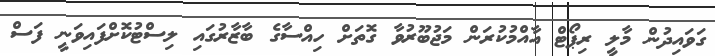
ގަވައިދުން މާލީ ރިޕޯޓް އާއްމުކުރަން މަޖުބޫރުވާ ގޮތަށް ހިއްސާގެ ބާޒާރުގައި ލިސްޓުކޮށްފައިވަނީ ފަސް